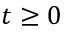
t \geq 0